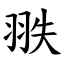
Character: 翐